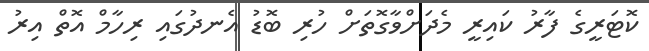
ކޮޓަރީގެ ފާރު ކައިރީ މެދަށްވާގޮތަށް ހުރި ބޮޑު އެނދުގައި ރިހާމް އޮތް އިރު